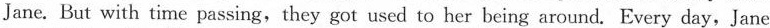
Jane. But with time passing, they got used to her being around. Every day,Jane